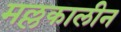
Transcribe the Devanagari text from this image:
मल्लकालीन